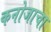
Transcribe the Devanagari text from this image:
कनोजाचा